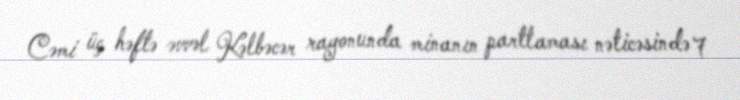
Cəmi üç həftə əvvəl Kəlbəcər rayonunda minanın partlaması nəticəsində 7